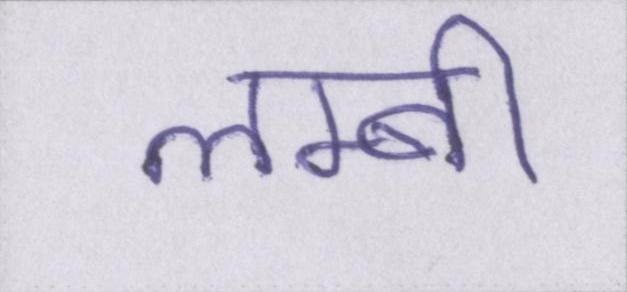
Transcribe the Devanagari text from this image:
लम्बी